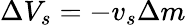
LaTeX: \Delta V_{s}=-v_{s}\Delta m